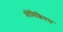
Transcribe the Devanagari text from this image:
प्रोमिशियस